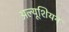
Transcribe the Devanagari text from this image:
अल्यूशियन